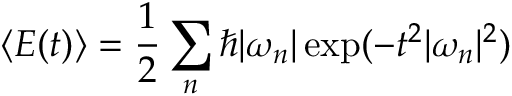
\langle E ( t ) \rangle = { \frac { 1 } { 2 } } \sum _ { n } \hbar | \omega _ { n } | \exp ( - t ^ { 2 } | \omega _ { n } | ^ { 2 } )